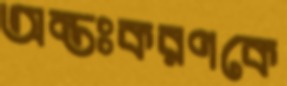
অন্তঃকরণকে